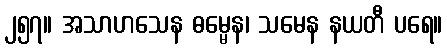
၂၅၇။ အသာဟသေန ဓမ္မေန၊ သမေန နယတီ ပရေ။